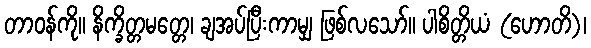
တာဝန်ကို။ နိက္ခိတ္တမတ္တေ၊ ချအပ်ပြီးကာမျှ ဖြစ်လသော်။ ပါစိတ္တိယံ (ဟောတိ)၊